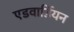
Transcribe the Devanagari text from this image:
एडवार्डियन